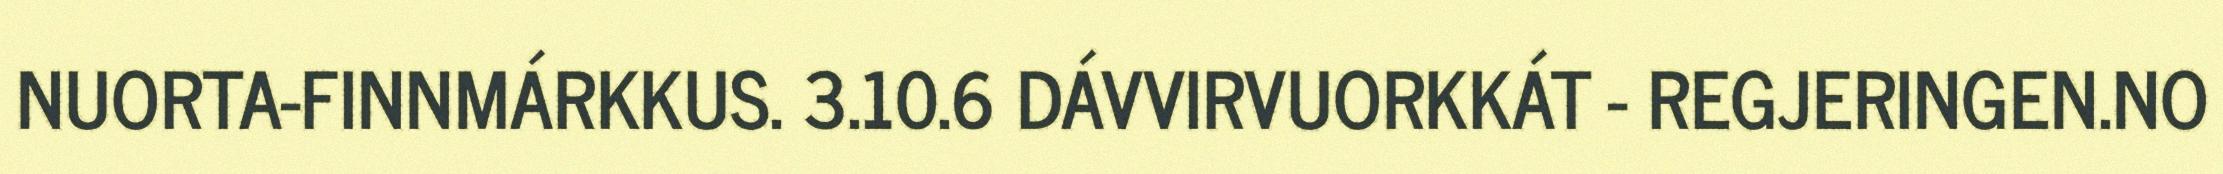
NUORTA-FINNMÁRKKUS. 3.10.6 DÁVVIRVUORKKÁT - REGJERINGEN.NO